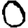
Digit: 0